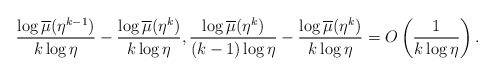
\begin{align*}\frac{\log\overline{\mu}(\eta^{k-1})}{k\log\eta}-\frac{\log\overline{\mu}(\eta^{k})}{k\log\eta},\frac{\log\overline{\mu}(\eta^{k})}{(k-1)\log\eta}-\frac{\log\overline{\mu}(\eta^{k})}{k\log\eta}=O\left(\frac{1}{k\log\eta}\right) . \end{align*}